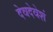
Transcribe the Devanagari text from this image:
देवदेवेशं